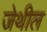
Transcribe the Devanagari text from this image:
जेथील